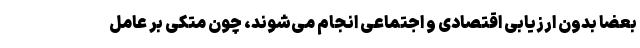
بعضاً بدون ارزیابی اقتصادی و اجتماعی انجام می‌شوند، چون متکی بر عامل